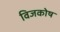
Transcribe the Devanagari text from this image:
विजकोष